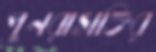
পুনরাসক্তির